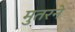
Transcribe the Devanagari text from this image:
मुतरने